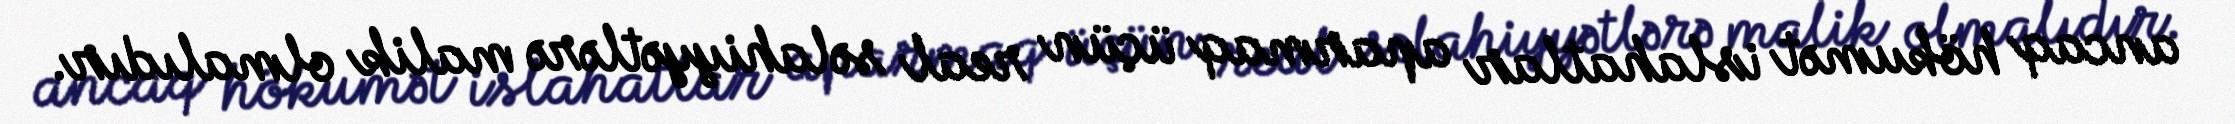
ancaq hökumət islahatlar aparmaq üçün real səlahiyyətlərə malik olmalıdır.